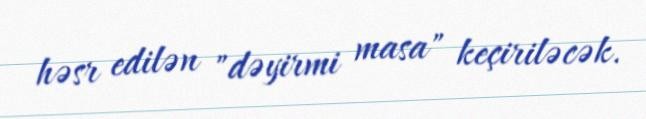
həsr edilən "dəyirmi masa" keçiriləcək.